Annual report on the working of the Harcourt Butler Institute of Public Health, Rangoon
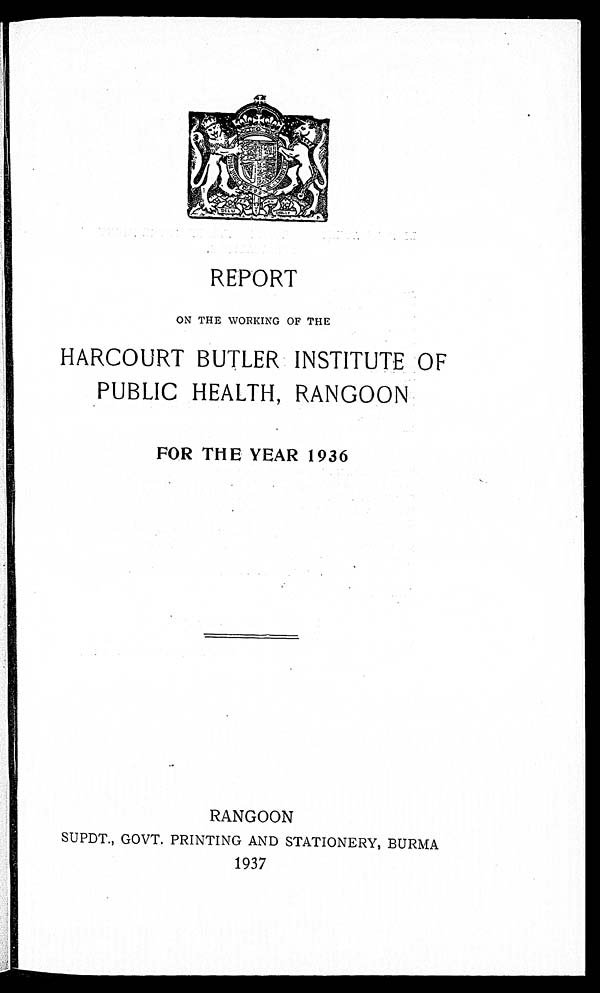
REPORT
ON THE WORKING OF THE
HARCOURT BUTLER INSTITUTE OF
PUBLIC HEALTH, RANGOON
FOR THE YEAR 1936
RANGOON
SUPDT., GOVT. PRINTING AND STATIONERY, BURM
A 1937